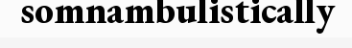
somnambulistically